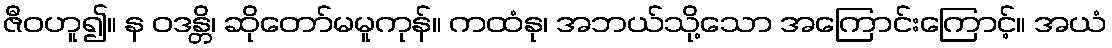
ဇီဝဟူ၍။ န ဝဒန္တိ၊ ဆိုတော်မမူကုန်။ ကထံနု၊ အဘယ်သို့သော အကြောင်းကြောင့်။ အယံ